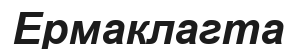
Ермаклагта